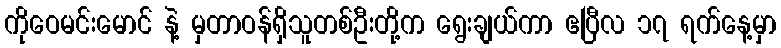
ကိုဝေမင်းမောင် နဲ့ မှတာဝန်ရှိသူတစ်ဦးတို့က ရွေးချယ်ကာ ဧပြီလ ၁၇ ရက်နေ့မှာ